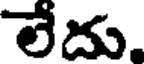
లేదు.